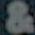
&